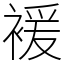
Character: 褑